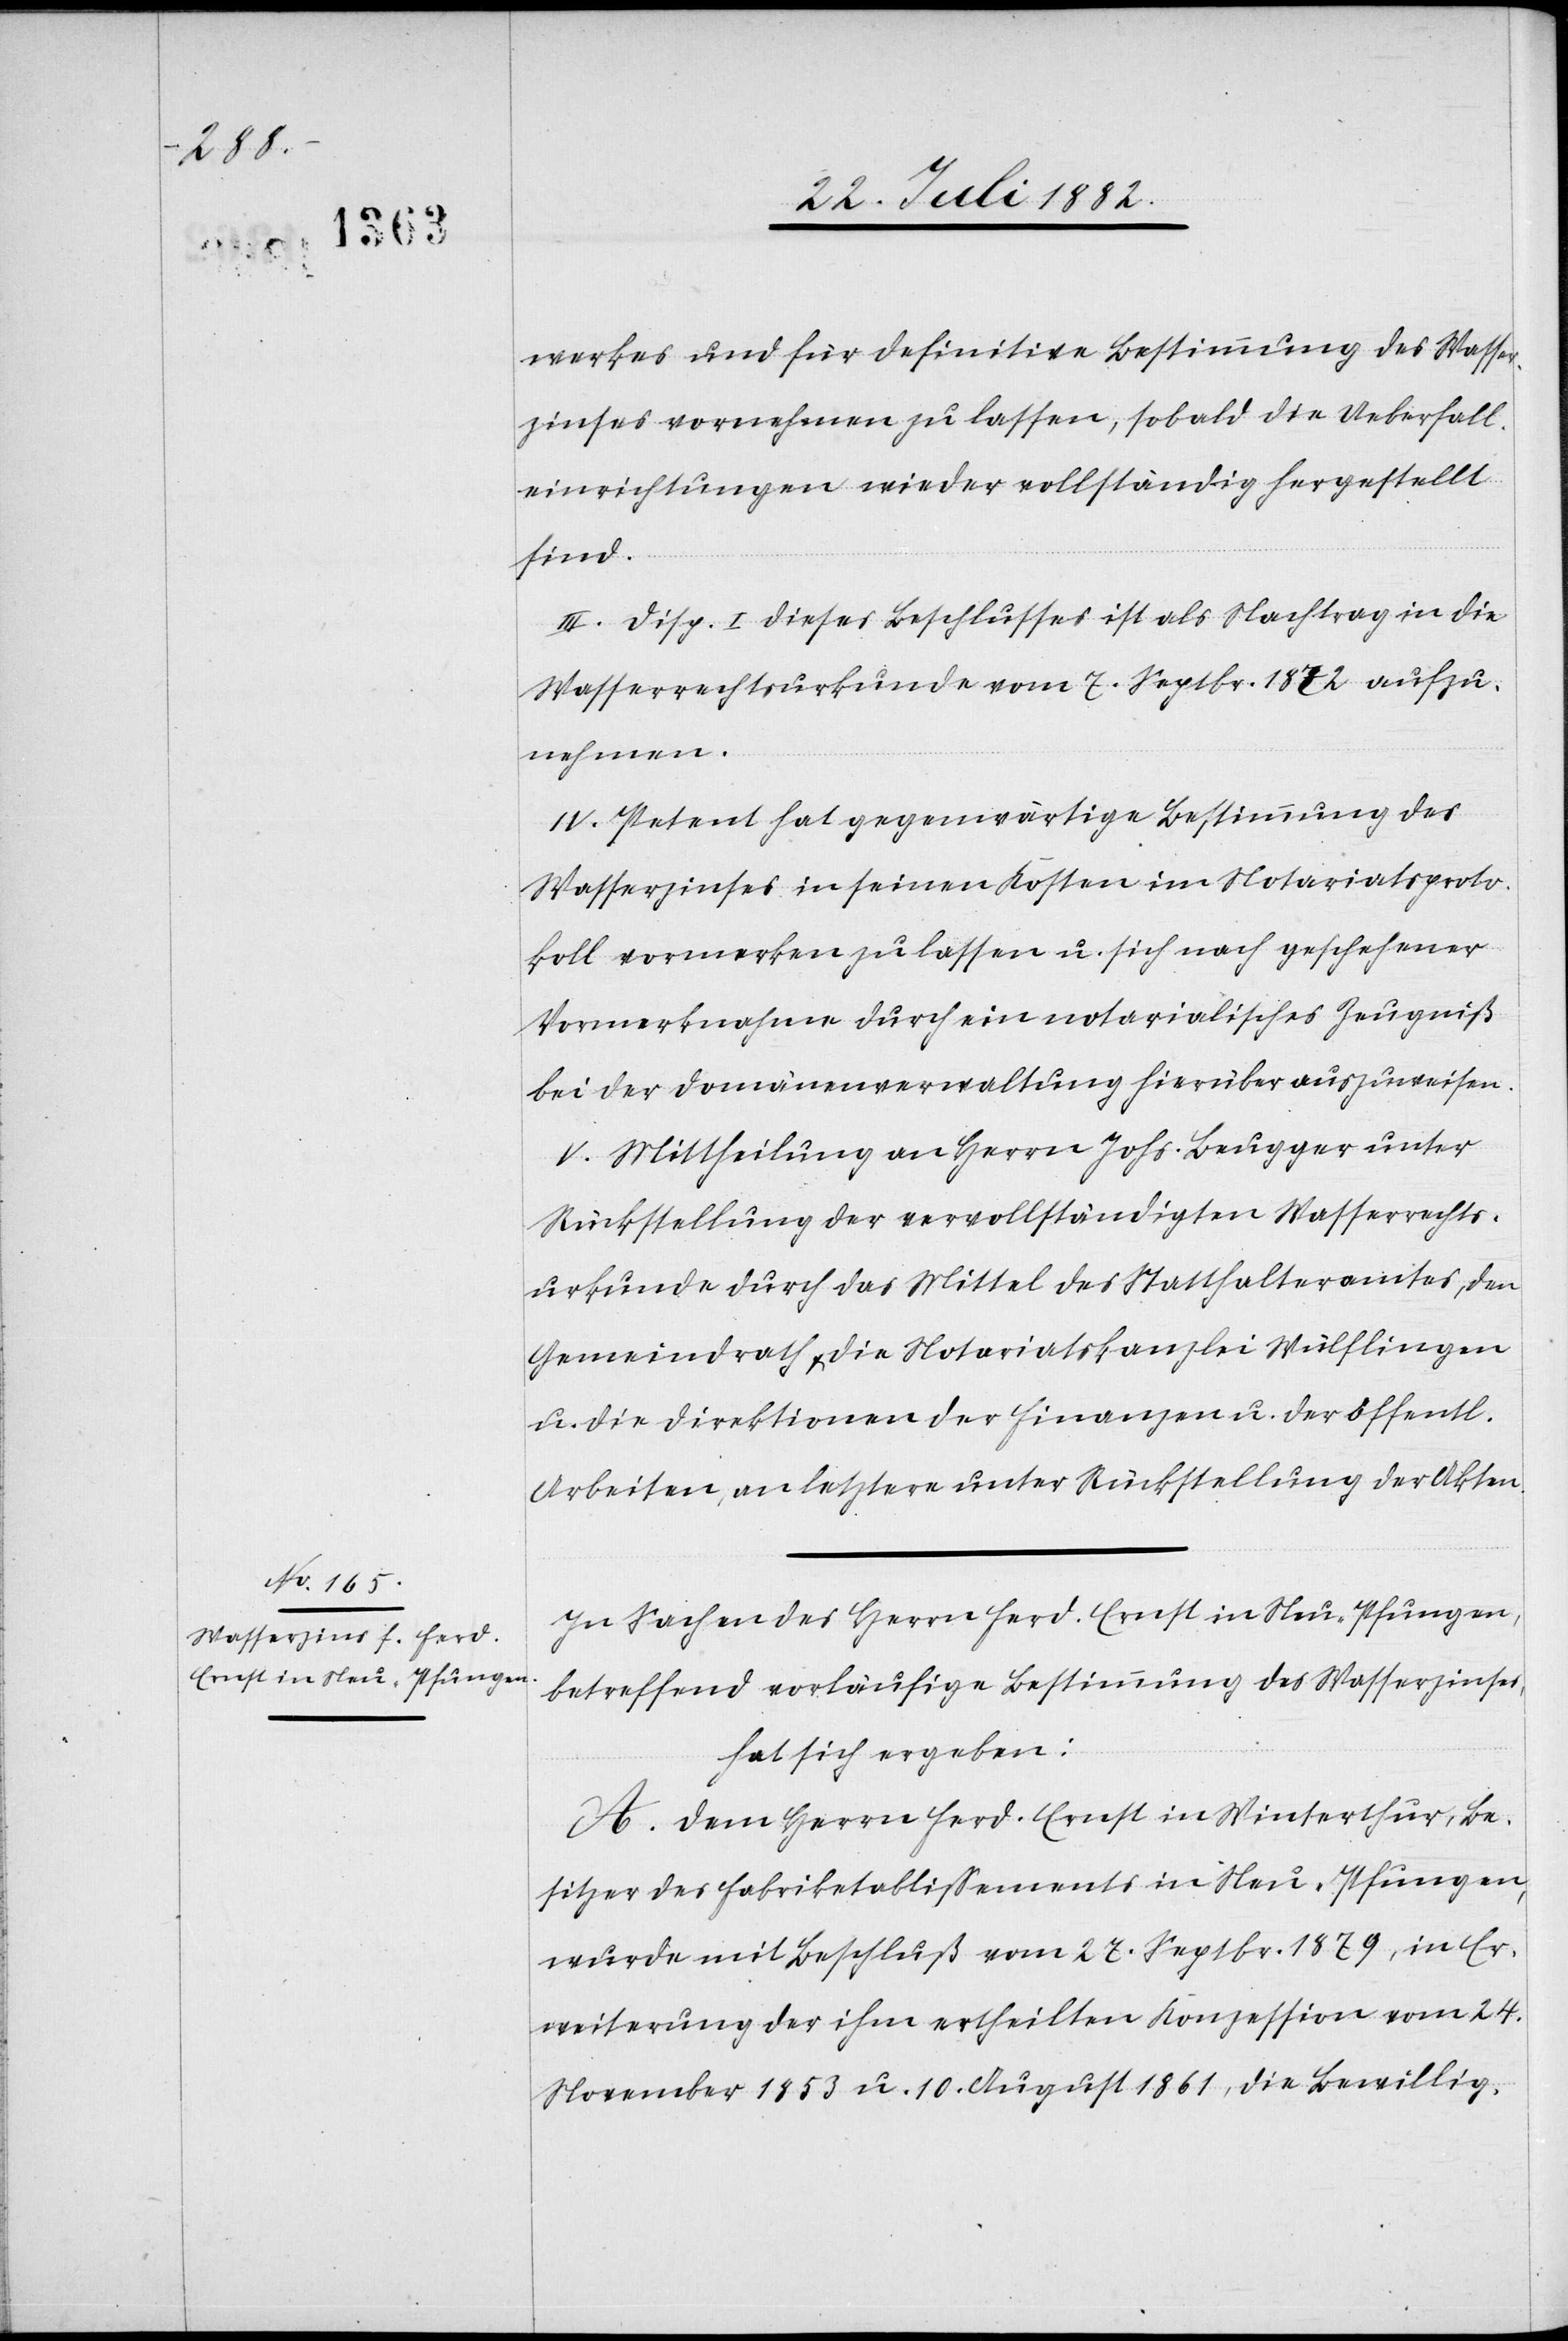
werkes und für definitive Bestimmung des Wasser¬
zinses vornehmen zu lassen, sobald die Ueberfall¬
einrichtungen wieder vollständig hergestellt
sind.
III. Disp. I dieses Beschlusses ist als Nachtrag in die
Wasserrechtsurkunde vom 7. Septbr. 1872 aufzu¬
nehmen.
IV. Petent hat gegenwärtige Bestimmung des
Wasserzinses in seinen Kosten im Notariatsproto¬
koll vormerken zu lassen u. sich nach geschehener
Vormerknahme durch ein notarialisches Zeugniß
bei der Domänenverwaltung hierüber auszuweisen.
V. Mittheilung an Herrn Johs. Beugger unter
Rückstellung der vervollständigten Wasserrechts¬
urkunde durch das Mittel des Statthalteramtes, den
Gemeindrath & die Notariatskanzlei Wülflingen
u. die Direktionen der Finanzen u. der öffentl.
Arbeiten, an letztere unter Rückstellung der Akten.
In Sachen des Herrn Ferd. Ernst in Neu-Pfungen,
betreffend vorläufige Bestimmung des Wasserzinses,
hat sich ergeben:
A. Dem Herrn Ferd. Ernst in Winterthur, Be¬
sitzer des Fabriketablissements in Neu-Pfungen,
wurde mit Beschluß vom 27. Septbr. 1879, in Er¬
weiterung der ihm ertheilten Konzession vom 24.
November 1853 u. 10. August 1861, die Bewillig-